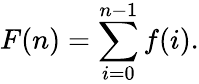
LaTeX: F(n)=\sum_{i=0}^{n-1}f(i).